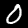
Digit: 0